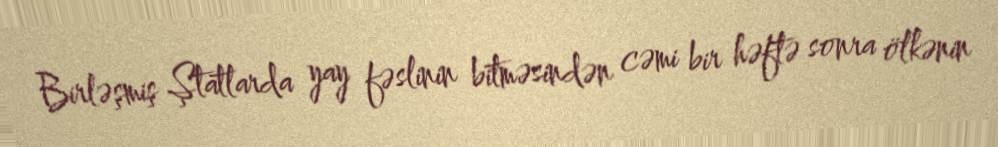
Birləşmiş Ştatlarda yay fəslinin bitməsindən cəmi bir həftə sonra ölkənin